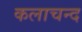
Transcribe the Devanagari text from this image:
कलाचन्द